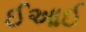
ઈઆઈ